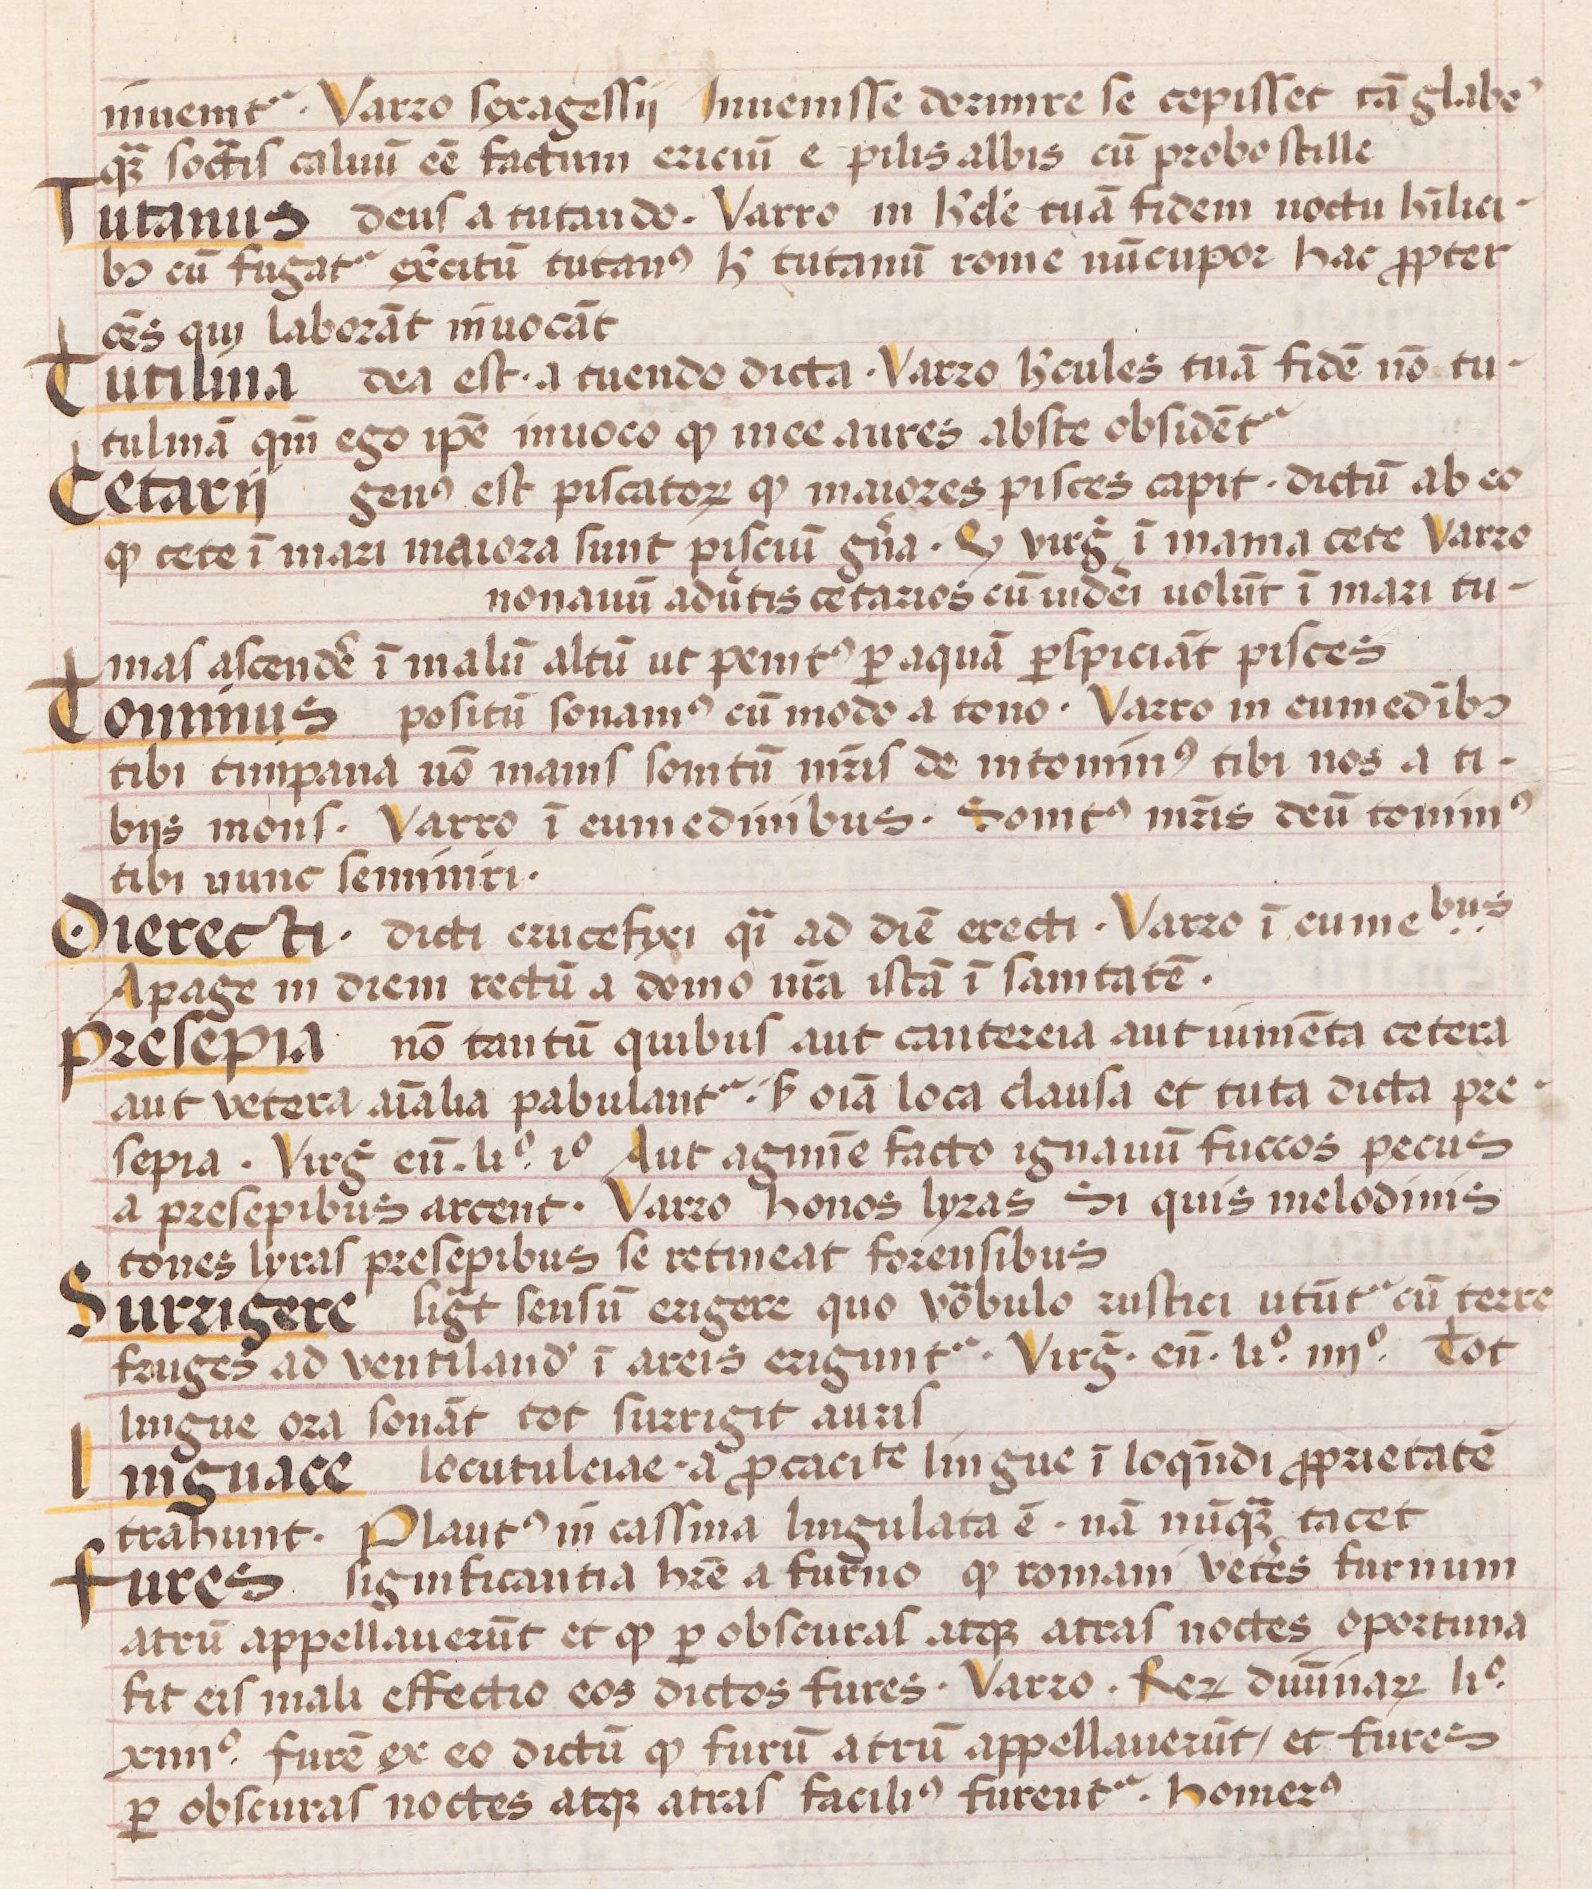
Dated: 1450–1474